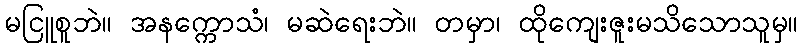
မငြူစူဘဲ။ အနက္ကောသံ၊ မဆဲရေးဘဲ။ တမှာ၊ ထိုကျေးဇူးမသိသောသူမှ။